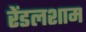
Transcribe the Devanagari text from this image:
रेंडलशाम